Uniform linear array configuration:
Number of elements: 4
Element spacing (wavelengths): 0.5
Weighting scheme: blackman
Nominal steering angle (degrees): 15
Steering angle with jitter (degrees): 16.194
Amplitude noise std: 0.05
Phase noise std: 0.05

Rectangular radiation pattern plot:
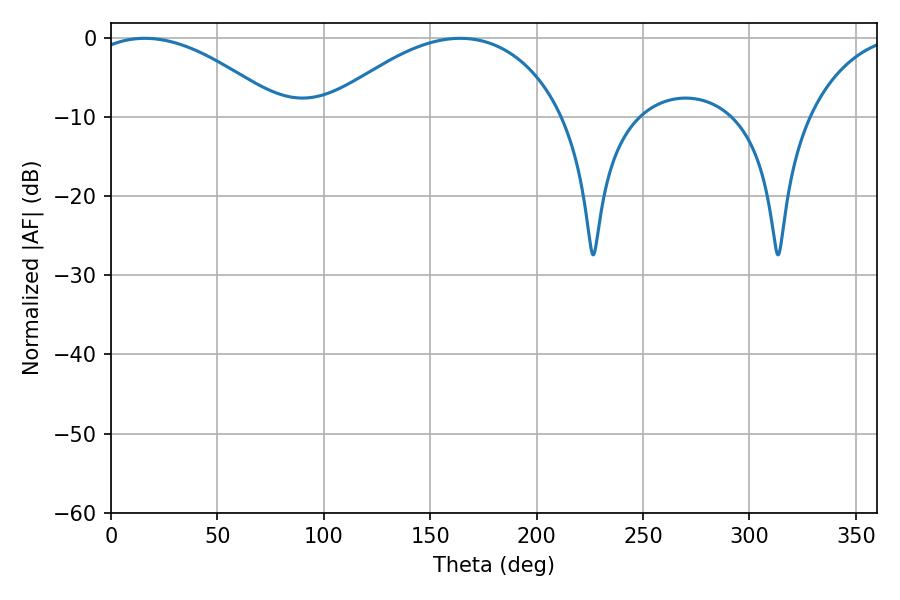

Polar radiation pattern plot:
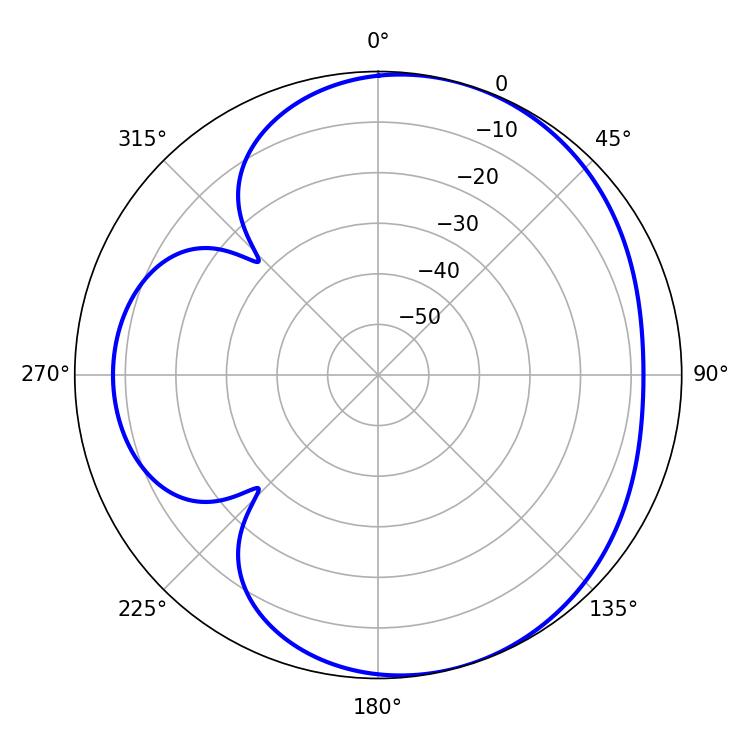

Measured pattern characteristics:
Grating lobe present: FALSE
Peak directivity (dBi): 4.708
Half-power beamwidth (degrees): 50.58
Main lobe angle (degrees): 15.84